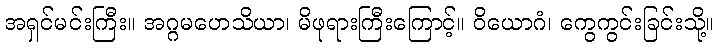
အရှင်မင်းကြီး။ အဂ္ဂမဟေသိယာ၊ မိဖုရားကြီးကြောင့်။ ဝိယောဂံ၊ ကွေကွင်းခြင်းသို့။